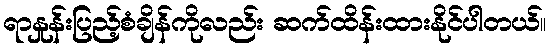
ရာနှုန်းပြည့်စံချိန်ကိုလည်း ဆက်ထိန်းထားနိုင်ပါတယ်။